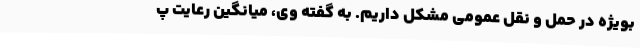
بویژه در حمل و نقل عمومی مشکل داریم‌. به گفته وی، میانگین رعایت پ